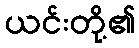
ယင်းတို့၏